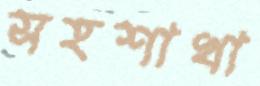
সহশাখা